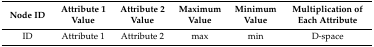
| Node ID | Attribute 1 Value | Attribute 2 Value | Maximum Value | Minimum Value | Multiplication of Each Attribute |
 | --- | --- | --- | --- | --- | --- |
 | ID | Attribute 1 | Attribute 2 | max | min | D-space |